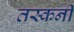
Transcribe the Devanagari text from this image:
तस्कनी